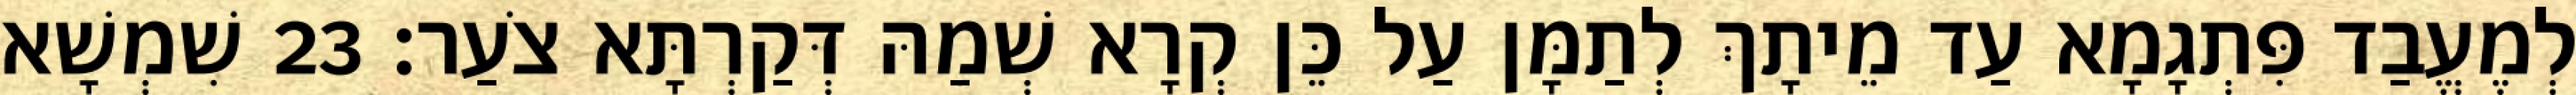
לְמֶעֱבַד פִּתְגָמָא עַד מֵיתָךְ לְתַמָּן עַל כֵּן קְרָא שְׁמַהּ דְּקַרְתָּא צֹעַר׃ 23 שִׁמְשָׁא